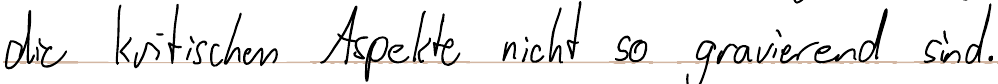
die kritischen Aspekte nicht so gravierend sind.